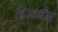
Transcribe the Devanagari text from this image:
डिस्टर्बेंस